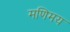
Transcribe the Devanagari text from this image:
मणिमय